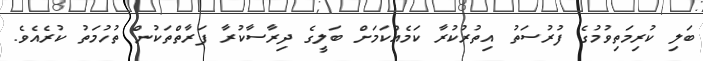
ބަލި ކުރިމަތިވުމުގެ ފުރުސަތު އިތުރުކުރާ ކަމެއްކަމަށް ބަލީގެ ދިރާސާކުރާ ފަރާތްތަކުން ތުހުމަތު ކުރެއެވެ.